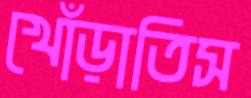
খোঁড়াতিস